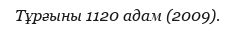
Тұрғыны 1120 адам (2009).